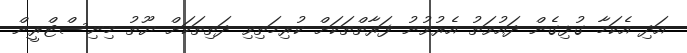
އަދި އެކަމާ ގުޅިގެން ދައުވަތު އެރުވުނު ފަރާތްތަކަށް ކުރިމަތިވި ދަތިތަކަށް ޔޫތު މިނިސްޓްރީން